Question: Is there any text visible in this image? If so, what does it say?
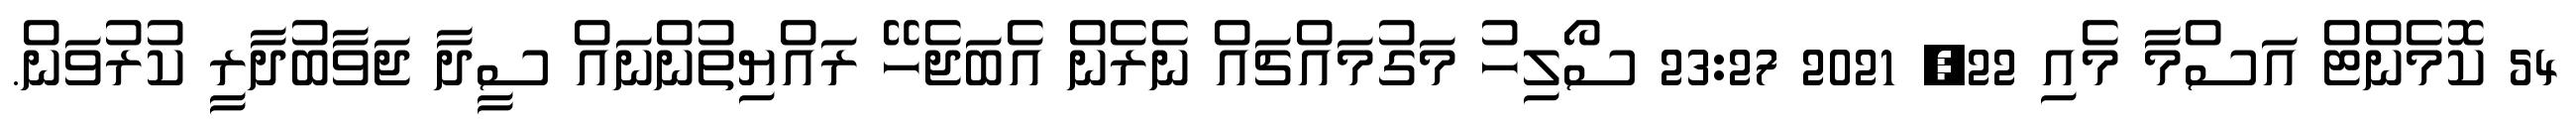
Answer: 54 ކޮމެންޓް އަސްމާ މެއި 22, 2021 23:27 ސޯލިހު މަގުމައްޗައް ނެރެން އެބަޖެހޭ ރައްޔިތުންނައް ސީދާ ޖަވާބުދާރީ ކުރުވަން.